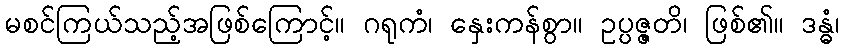
မစင်ကြယ်သည့်အဖြစ်ကြောင့်။ ဂရုကံ၊ နှေးကန်စွာ။ ဥပ္ပဇ္ဇတိ၊ ဖြစ်၏။ ဒန္ဓံ၊